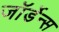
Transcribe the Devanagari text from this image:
जॉर्डेन्स